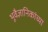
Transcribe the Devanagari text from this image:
भूवैज्ञानिकांच्या